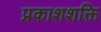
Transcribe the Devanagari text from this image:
प्रकाशशक्ति